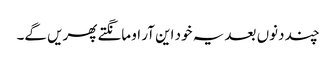
چند دنوں بعد یہ خود این آر او مانگتے پھریں گے۔